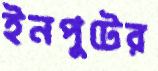
ইনপুটের